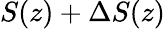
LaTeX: S(z)+\Delta S(z)